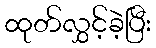
ထုတ်လွှင့်ခဲ့ပြီး